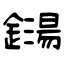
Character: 鐋